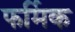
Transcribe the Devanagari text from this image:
फर्मिक